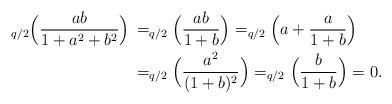
LaTeX: \begin{align*}_{q/2}\Bigl(\frac{ab}{1+a^2+b^2}\Bigr)\,&=_{q/2}\Bigl(\frac{ab}{1+b}\Bigr)=_{q/2}\Bigl(a+\frac a{1+b}\Bigr)\cr&=_{q/2}\Bigl(\frac{a^2}{(1+b)^2}\Bigr)=_{q/2}\Bigl(\frac b{1+b}\Bigr)=0.\end{align*}